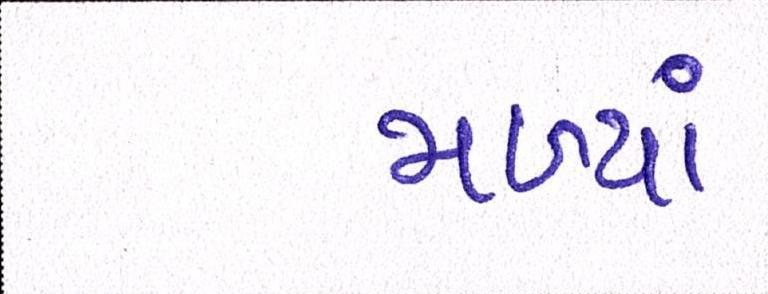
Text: મળ્યાં